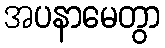
အပနာမေတွာ